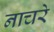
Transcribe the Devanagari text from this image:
नाचरे